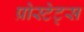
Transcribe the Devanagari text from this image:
प्रोस्टेट्स